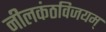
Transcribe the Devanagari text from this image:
नीलकंठविजयम्